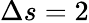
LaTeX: \Delta s=2